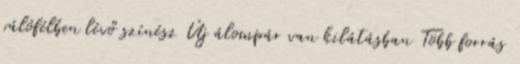
válófélben lévő színész Új álompár van kilátásban Több forrás